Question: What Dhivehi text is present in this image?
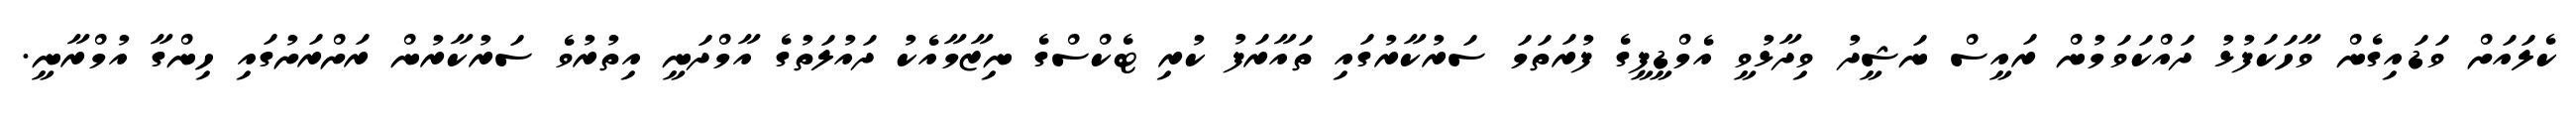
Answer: ކެލައަށް ވަޑައިގެން ވާހަކަފުޅު ދައްކަވަމުން ރައީސް ނަޝީދު ވިދާޅުވީ އެމްޑީޕީގެ ފުރަތަމަ ސަރުކާރުގައި ތައާރަފު ކުރި ޓެކްސްގެ ނިޒާމާއެކު ދައުލަތުގެ އާމްދަނީ އިތުރުވެ ސަރުކާރުން ރަށްރަށުގައި ހިންގާ އުމްރާނީ.